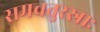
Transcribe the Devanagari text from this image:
समचतुरस्राः